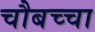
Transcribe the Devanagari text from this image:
चौबच्चा